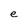
Character: e